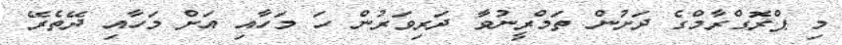
މި ޕްރޮގްރާމްގެ ދަށުން ތަމްރީނުވާ ދަރިވަރުން ހަ މަހާއި އަށް މަހާއި ދޭތެރޭ